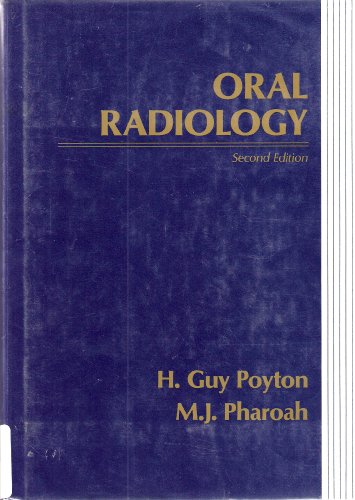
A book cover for Oral Radiology; H. Guy Poyton; Medical Books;